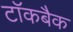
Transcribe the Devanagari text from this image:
टॉकबैक